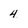
Character: 4